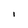
Character: I